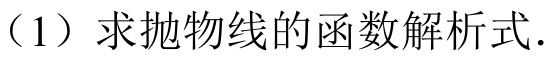
（1）求抛物线的函数解析式.